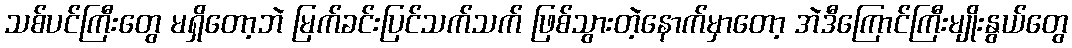
သစ်ပင်ကြီးတွေ မရှိတော့ဘဲ မြက်ခင်းပြင်သက်သက် ဖြစ်သွားတဲ့နောက်မှာတော့ အဲဒီကြောင်ကြီးမျိုးနွယ်တွေ